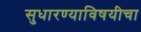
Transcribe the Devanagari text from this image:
सुधारण्याविषयीचा